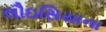
લૌઇસિયાના